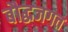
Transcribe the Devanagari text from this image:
बौद्धजगत